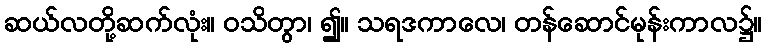
ဆယ်လတို့ဆက်လုံး။ ဝသိတွာ၊ ၍။ သရဒကာလေ၊ တန်ဆောင်မုန်းကာလ၌။